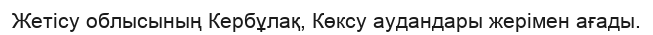
Жетісу облысының Кербұлақ, Көксу аудандары жерімен ағады.